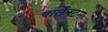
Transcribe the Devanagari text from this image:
चार्लेस्टन